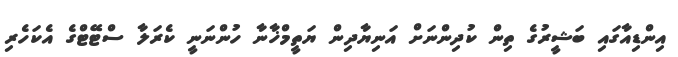
އިންޑިއާގައި ބަޝީރުގެ ތިން ކުދިންނަށް އަނިޔާދިން ޔަތީމްޚާނާ ހުންނަނީ ކެރަލާ ސްޓޭޓްގެ އެކަހެރި